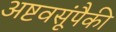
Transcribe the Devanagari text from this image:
अष्टवसूंपैकी